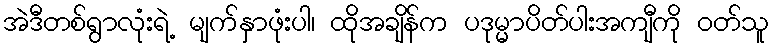
အဲဒီတစ်ရွာလုံးရဲ့ မျက်နှာဖုံးပါ၊ ထိုအချိန်က ပဒုမ္မာပိတ်ပါးအကျီကို ဝတ်သူ